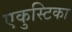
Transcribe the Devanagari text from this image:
एकुस्टिका